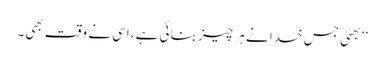
‘‘بھئی جس خدا نے ہر چیز بنائی ہے، اسی نے وقت بھی۔